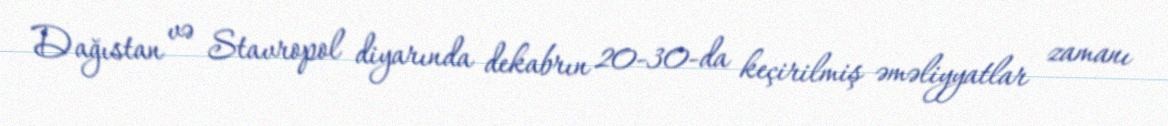
Dağıstan və Stavropol diyarında dekabrın 20-30-da keçirilmiş əməliyyatlar zamanı